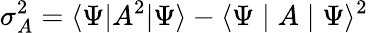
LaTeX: \sigma_{A}^{2}=\langle\Psi|A^{2}|\Psi\rangle-\langle\Psi\mid A\mid\Psi\rangle^{2}